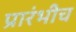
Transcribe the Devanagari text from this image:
प्रारंभीच